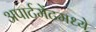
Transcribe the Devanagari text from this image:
अपार्टमेंटमध्ये